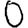
Digit: 0